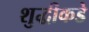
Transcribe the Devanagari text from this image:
शुद्धीकडे